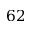
6 2